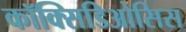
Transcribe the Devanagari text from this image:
कॉक्सिडिओसिस